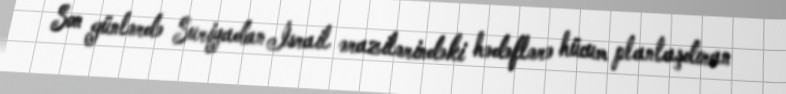
Son günlərdə Suriyadan İsrail ərazilərindəki hədəflərə hücum planlaşdıran